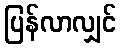
ပြန်လာလျှင်